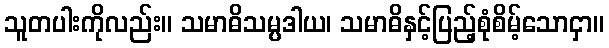
သူတပါးကိုလည်း။ သမာဓိသမ္ပဒါယ၊ သမာဓိနှင့်ပြည့်စုံစိမ့်သောငှာ။